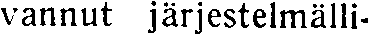
vannut järjestelmälli-